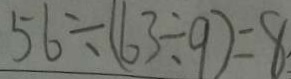
5 6 \div ( 6 3 \div 9 ) = 8